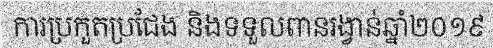
ការប្រកួតប្រជែង និងទទួលពានរង្វាន់ឆ្នាំ២០១៩